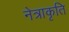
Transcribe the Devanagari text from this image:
नेत्राकृति